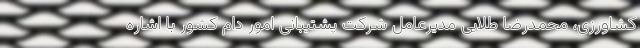
کشاورزی، محمدرضا طلایی مدیرعامل شرکت پشتیبانی امور دام کشور با اشاره